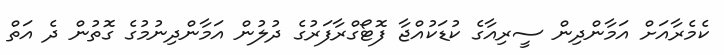
ކެމެރާއަށް އަމާންދިން ސީރިއާގެ ކުޑަކުއްޖާ ފޮޓޯގްރާފަރުގެ ދުލުން އަމާންދިނުމުގެ ގޮތުން ދެ އަތް